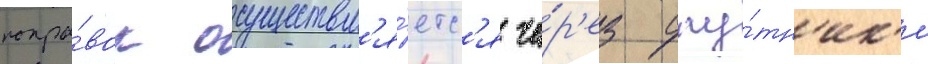
попра́вок осуществл'я́етс'я че́р'ез спу́тн'ик'и